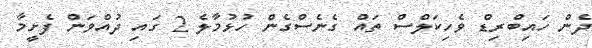
ދެން ހައިބްރިޑް ވެހިކަލްސް ތައް ގެނެސްގެން ހުޅުމާލެ 2 ގައި ދުއްވަން ފެށީމާ